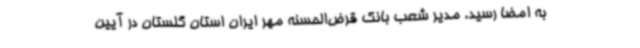
به امضا رسید. مدیر شعب بانک قرض‌الحسنه مهر ایران استان گلستان در آیین